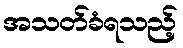
အသတ်ခံရသည့်